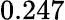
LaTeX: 0.247